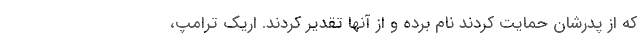
که از پدرشان حمایت کردند نام برده و از آنها تقدیر کردند. اریک ترامپ،